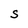
Character: S